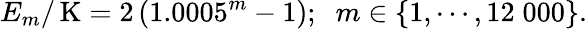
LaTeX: E_{m}/\, \mathrm{K}=2\, (1.0005^{m}-1);\; \; m\in\{ 1,\cdots,12\; 000\} .